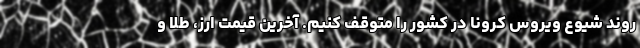
روند شیوع ویروس کرونا در کشور را متوقف کنیم. آخرین قیمت ارز، طلا و